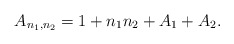
\begin{align*} A_{n_1,n_2} = 1+n_1n_2+A_1+A_2.\end{align*}